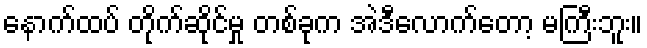
နောက်ထပ် တိုက်ဆိုင်မှု တစ်ခုက အဲဒီလောက်တော့ မကြီးဘူး။